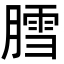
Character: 膤